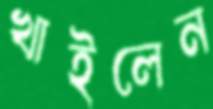
খাইলেন